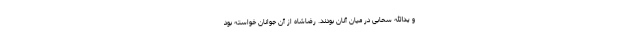
و یدالله سحابی در میان آنان بودند. رضاشاه از آن جوانان خواسته بود